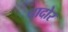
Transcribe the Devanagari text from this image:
चादोर